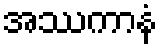
အဿကာနံ